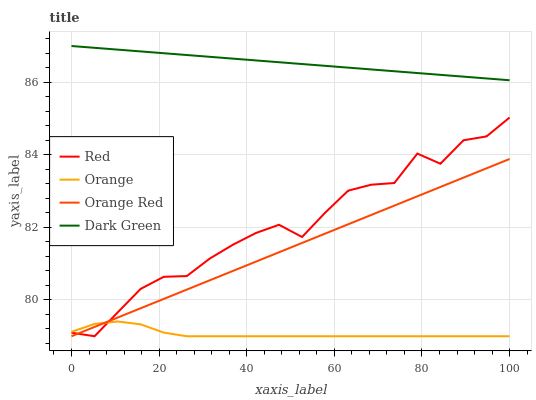
| xaxis_label | Red | Orange | Orange Red | Dark Green |
 | --- | --- | --- | --- | --- |
 | 0 | 79.1 | 79.1 | 79 | 87 |
 | 5.26 | 79 | 79.3 | 79.3 | 87 |
 | 10.5 | 79.7 | 79.4 | 79.5 | 86.9 |
 | 15.8 | 80.3 | 79.3 | 79.8 | 86.9 |
 | 21.1 | 80.6 | 79.1 | 80 | 86.8 |
 | 26.3 | 80.7 | 79 | 80.3 | 86.8 |
 | 31.6 | 81.1 | 79 | 80.5 | 86.7 |
 | 36.8 | 81.5 | 79 | 80.8 | 86.7 |
 | 42.1 | 81.8 | 79 | 81.1 | 86.6 |
 | 47.4 | 82.1 | 79 | 81.3 | 86.6 |
 | 52.6 | 81.7 | 79 | 81.6 | 86.5 |
 | 57.9 | 82.4 | 79 | 81.8 | 86.5 |
 | 63.2 | 83 | 79 | 82.1 | 86.4 |
 | 68.4 | 83.2 | 79 | 82.3 | 86.4 |
 | 73.7 | 83.2 | 79 | 82.6 | 86.3 |
 | 78.9 | 84 | 79 | 82.9 | 86.3 |
 | 84.2 | 83.8 | 79 | 83.1 | 86.2 |
 | 89.5 | 84.4 | 79 | 83.4 | 86.2 |
 | 94.7 | 84.5 | 79 | 83.6 | 86.1 |
 | 100 | 85 | 79 | 83.9 | 86.1 |